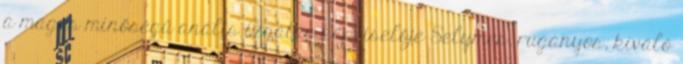
a magas minőségű anális izgatás képviselője Selymes, ruganyos, kiváló